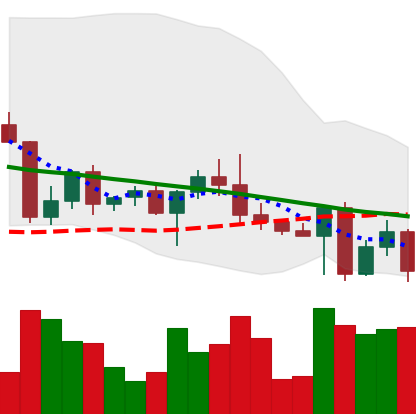
Ticker: ETH-USD
Chart end date: 2022-04-29
Forward return: 4.441%
Label: up_3_5